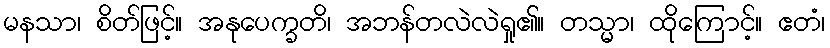
မနသာ၊ စိတ်ဖြင့်။ အနုပေက္ခတိ၊ အဘန်တလဲလဲရှု၏။ တသ္မာ၊ ထိုကြောင့်။ ဧတံ၊